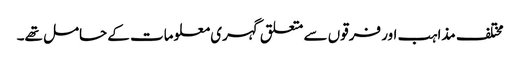
مختلف مذاہب اور فرقوں سے متعلق گہری معلومات کے حامل تھے۔